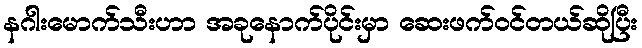
နဂါးမောက်သီးဟာ အခုနောက်ပိုင်းမှာ ဆေးဖက်ဝင်တယ်ဆိုပြီး